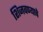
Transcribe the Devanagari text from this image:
शिजवण्याचे